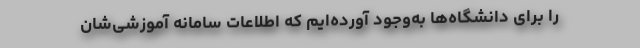
را برای دانشگاه‌ها به‌وجود آورده‌ایم که اطلاعات سامانه آموزشی‌شان